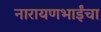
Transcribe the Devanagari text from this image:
नारायणभाईंचा